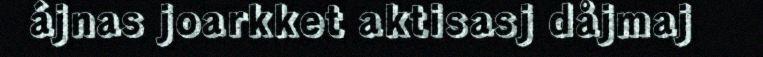
ájnas joarkket aktisasj dåjmaj